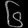
Digit: ၆